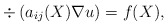
\begin{align*} \div \left ( a_{ij}(X) \nabla u \right ) = f(X),\end{align*}